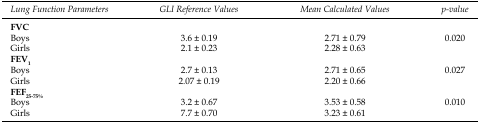
<table><thead><tr><td><b>Lung Function Parameters</b></td><td><b>GLI Reference Values</b></td><td><b>Mean Calculated Values</b></td><td><b>p-value</b></td></tr></thead><tbody><tr><td><b>FVC</b></td><td></td><td></td><td></td></tr><tr><td>Boys</td><td>3.6 ± 0.19</td><td>2.71 ± 0.79</td><td>0.020</td></tr><tr><td>Girls</td><td>2.1 ± 0.23</td><td>2.28 ± 0.63</td><td></td></tr><tr><td><b>FEV</b><sub>1</sub></td><td></td><td></td><td></td></tr><tr><td>Boys</td><td>2.7 ± 0.13</td><td>2.71 ± 0.65</td><td>0.027</td></tr><tr><td>Girls</td><td>2.07 ± 0.19</td><td>2.20 ± 0.66</td><td></td></tr><tr><td><b>FEF</b><sub>25-75%</sub></td><td></td><td></td><td></td></tr><tr><td>Boys</td><td>3.2 ± 0.67</td><td>3.53 ± 0.58</td><td>0.010</td></tr><tr><td>Girls</td><td>7.7 ± 0.70</td><td>3.23 ± 0.61</td><td></td></tr></tbody></table>